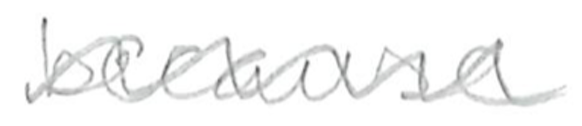
Text: because
Cross-out: wave
Writing tool: pencil